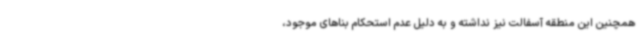
همچنین این منطقه آسفالت نیز نداشته و به دلیل عدم استحکام بناهای موجود،